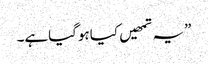
”یہ تمھیں کیاہوگیاہے۔